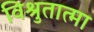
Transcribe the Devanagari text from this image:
विश्रुतात्मा